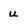
Character: u